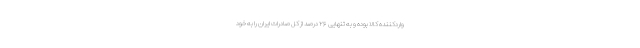
واردکننده کالا بوده و به تنهایی ۲۶ درصد از کل صادرات ایران را به خود